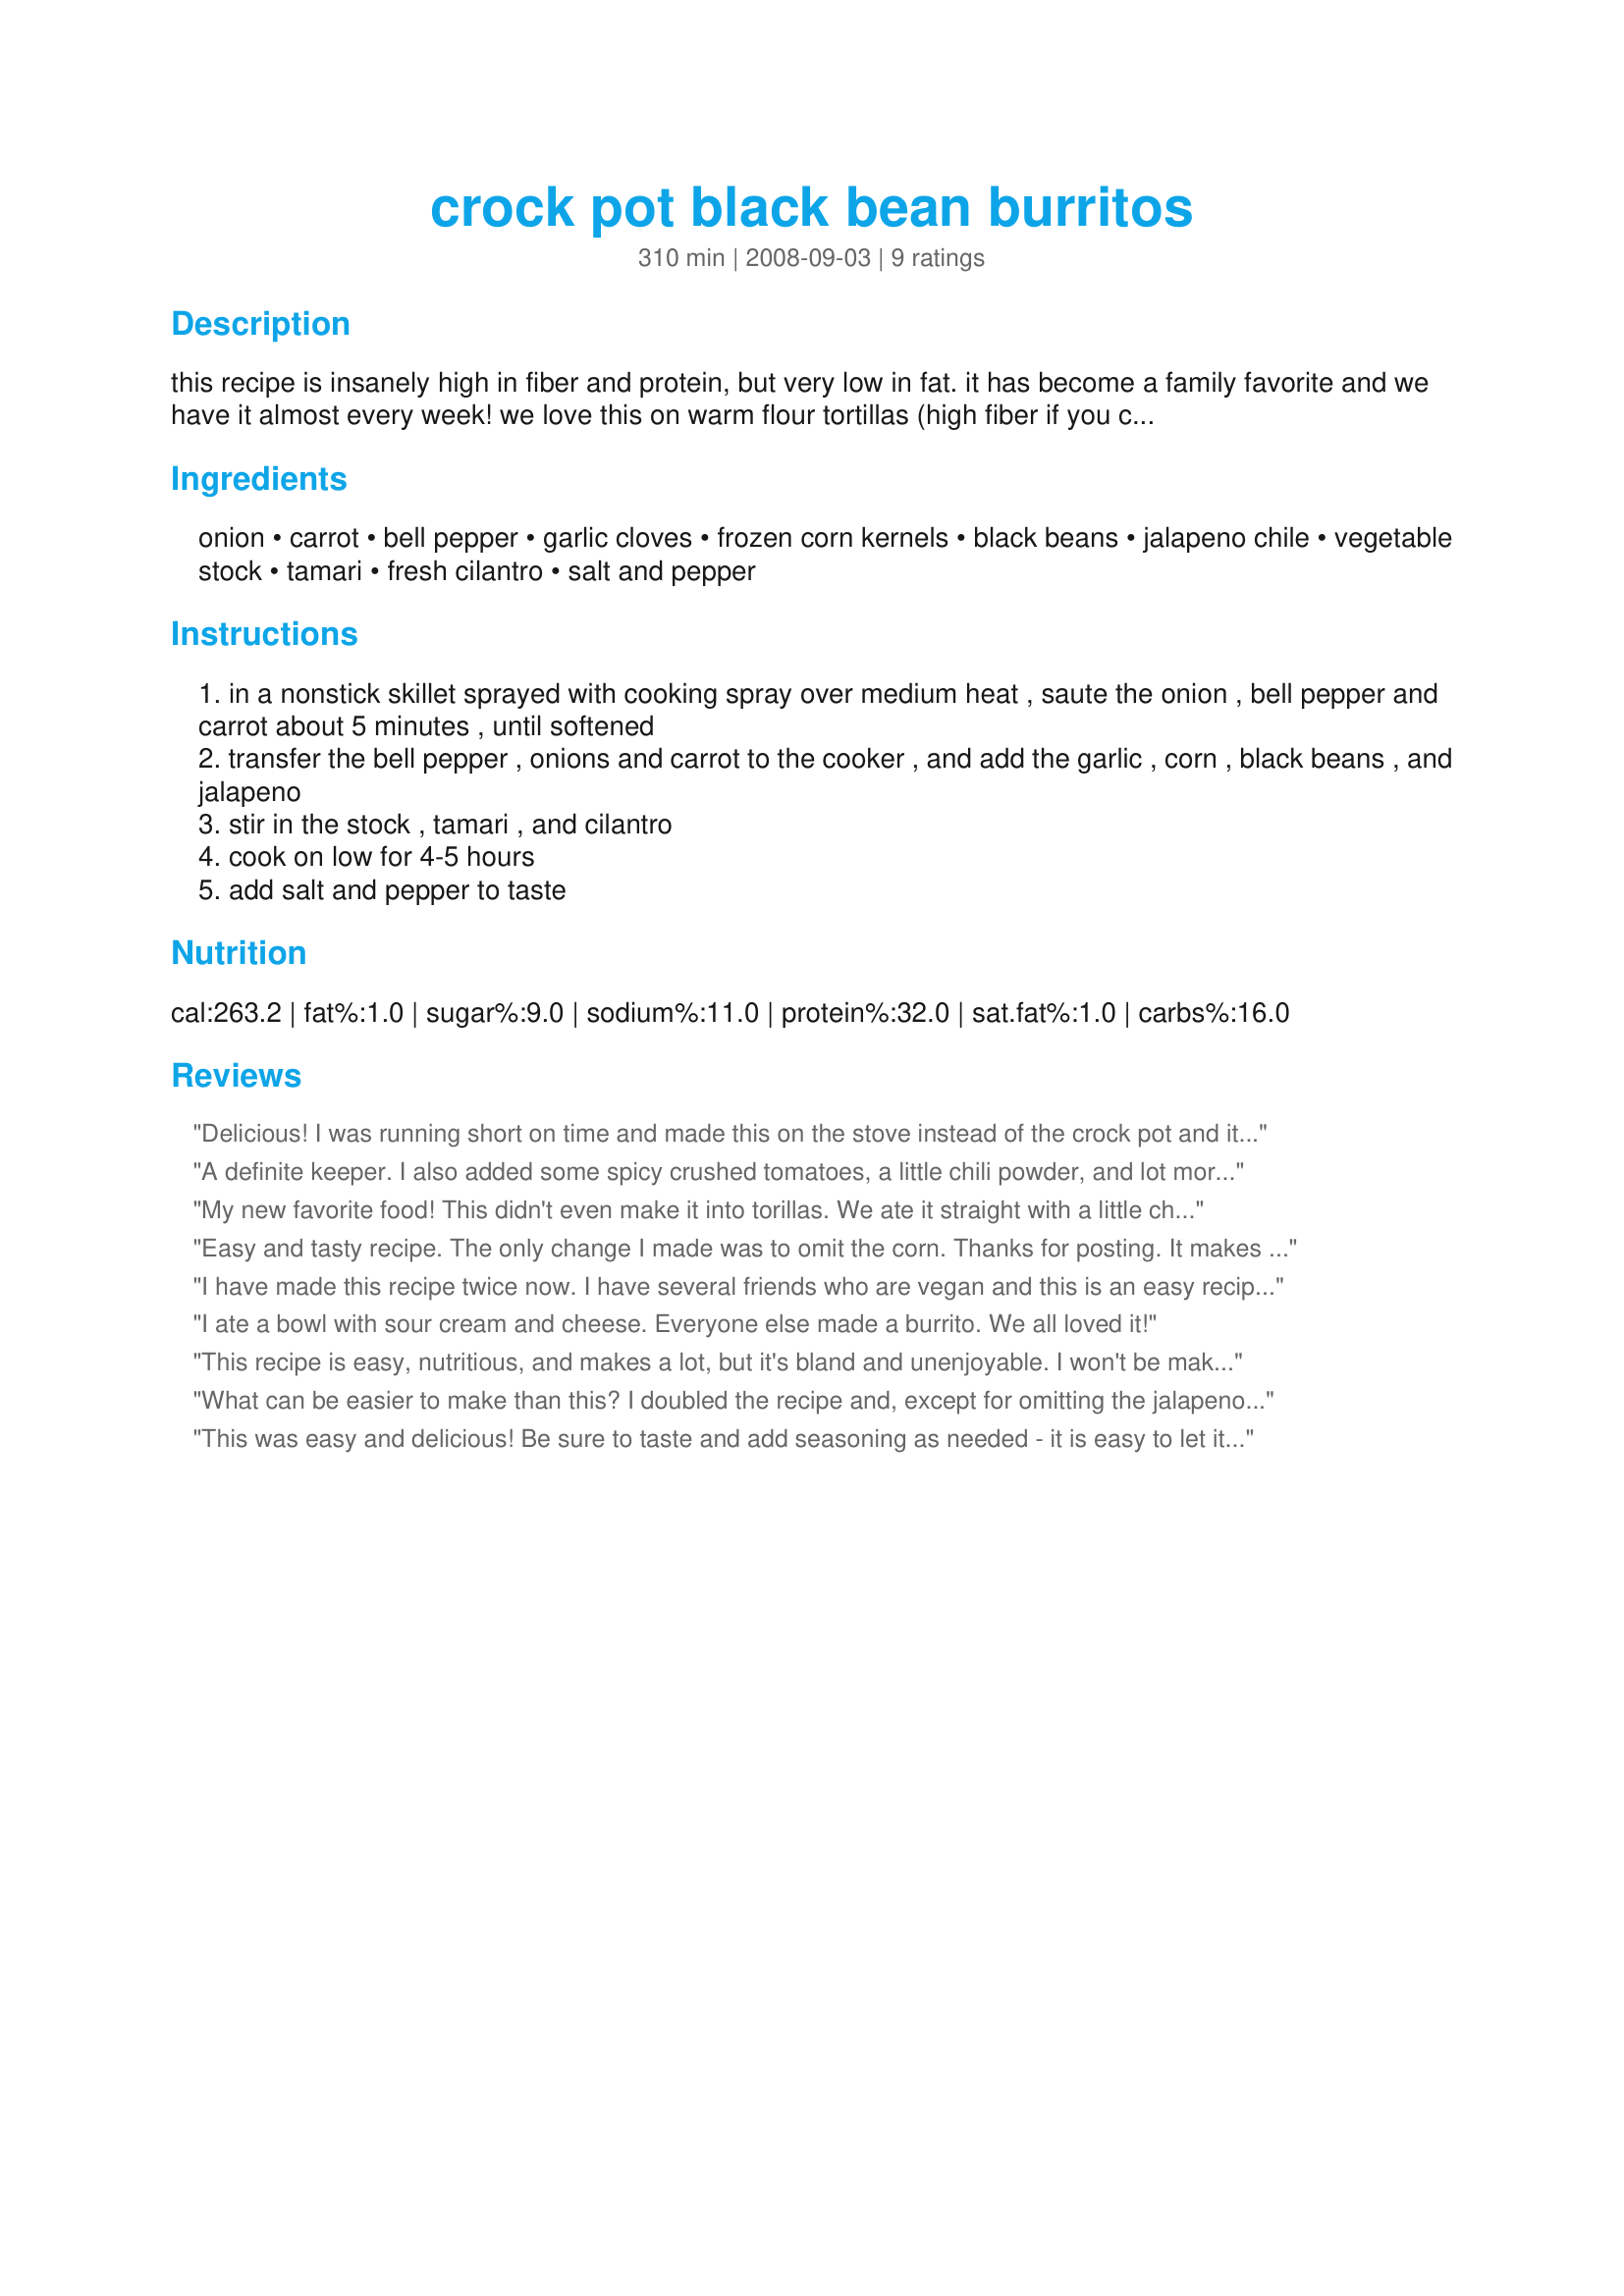
crock pot black bean burritos
Preparation time: 310 minutes

this recipe is insanely high in fiber and protein, but very low in fat. it has become a family favorite and we have it almost every week! we love this on warm flour tortillas (high fiber if you can find them), and serve it with fresh avocado, shredded cheddar, sour cream and lime wedges for squeezing.
it's also great over brown rice, or with diced chicken breast added. have fun with it, i do! :)
updated to add: this recipe relies heavily on the salt and pepper. the ingredients all have incredible flavor but it won't pop unless you properly season the dish. please don't omit the s&p. with proper seasoning you will not possibly find this dish to be bland. :)

Ingredients:
onion, carrot, bell pepper, garlic cloves, frozen corn kernels, black beans, jalapeno chile, vegetable stock, tamari, fresh cilantro, salt and pepper

Steps:
in a nonstick skillet sprayed with cooking spray over medium heat , saute the onion , bell pepper and carrot about 5 minutes , until softened
transfer the bell pepper , onions and carrot to the cooker , and add the garlic , corn , black beans , and jalapeno
stir in the stock , tamari , and cilantro
cook on low for 4-5 hours
add salt and pepper to taste

Reviews:
Delicious! I was running short on time and made this on the stove instead of the crock pot and it was great.
A definite keeper. I also added some spicy crushed tomatoes, a little chili powder, and lot more cilantro. (Everyone in my house likes strong flavors). Also I had side "toppings" of sour cream, chicken, and salsa.
My new favorite food! This didn't even make it into torillas. We ate it straight with a little cheese on top and it was amazing! Thanks for sharing.
Easy and tasty recipe. The only change I made was to omit the corn. Thanks for posting. It makes for easy lunches for the week!
I have made this recipe twice now. I have several friends who are vegan and this is an easy recipe to make into a hearty vegan meal. Each time I have served this I have been asked for the recipe. Even my DH and DS, both of whom are self professed carnivores, love this meal.
I ate a bowl with sour cream and cheese. Everyone else made a burrito. We all loved it!
This recipe is easy, nutritious, and makes a lot, but it's bland and unenjoyable. I won't be making it again.
What can be easier to make than this? I doubled the recipe and, except for omitting the jalapeno (cooking for wide age range including grandchildren), followed it exactly. Very tasty. I preferred mine over rice (less messy to eat) but everyone else made burritos. I used the small amount of leftovers to make fancy nachos the next day. Yum!
This was easy and delicious! Be sure to taste and add seasoning as needed - it is easy to let it get bland, but with the right type of seasonings and toppings, it makes for a great meal! It's very flexible, and great over rice, in burritos etc.
